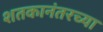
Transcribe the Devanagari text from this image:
शतकानंतरच्या